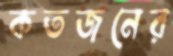
কতজনের